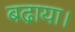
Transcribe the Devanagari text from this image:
बढा़या।